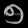
Digit: ၅